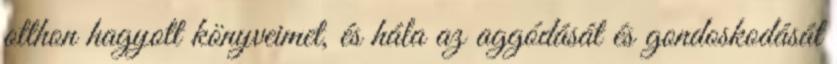
otthon hagyott könyveimet, és hála az aggódását és gondoskodását